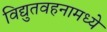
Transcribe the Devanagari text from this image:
विद्युतवहनामध्ये